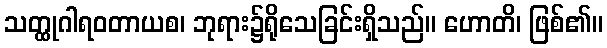
သတ္ထုဂါရဝတာယစ၊ ဘုရား၌ရိုသေခြင်းရှိသည်။ ဟောတိ၊ ဖြစ်၏။